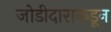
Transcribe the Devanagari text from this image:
जोडीदाराकडून